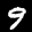
Label: 9